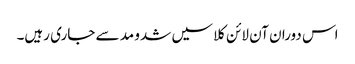
اس دوران آن لائن کلاسیں شدو مد سے جاری رہیں۔